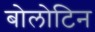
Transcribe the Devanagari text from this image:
बोलोटिन